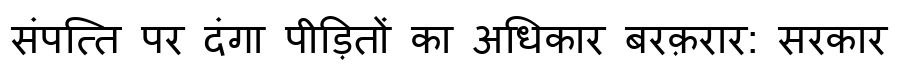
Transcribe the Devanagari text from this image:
संपत्ति पर दंगा पीड़ितों का अधिकार बरक़रार: सरकार